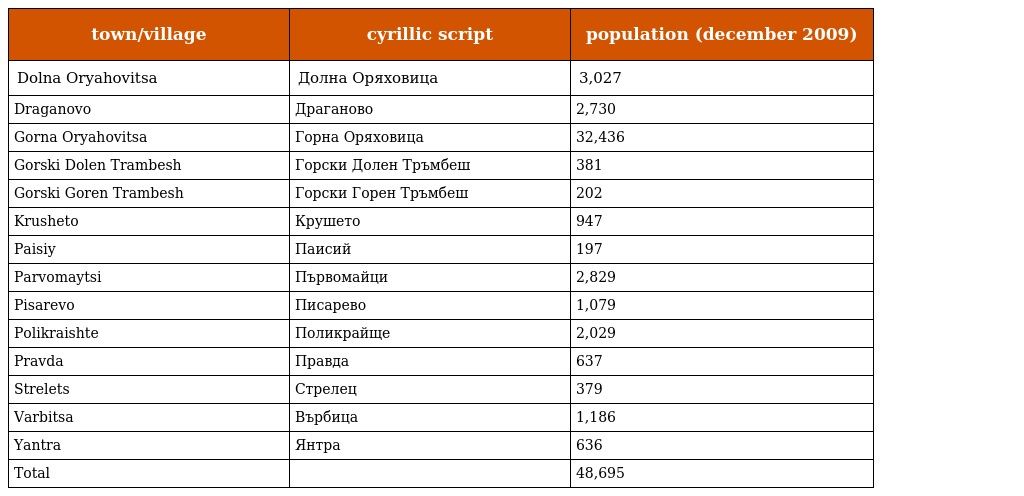
| town/village | cyrillic script | population (december 2009) |
 | --- | --- | --- |
 | Dolna Oryahovitsa | Долна Оряховица | 3,027 |
 | Draganovo | Драганово | 2,730 |
 | Gorna Oryahovitsa | Горна Оряховица | 32,436 |
 | Gorski Dolen Trambesh | Горски Долен Тръмбеш | 381 |
 | Gorski Goren Trambesh | Горски Горен Тръмбеш | 202 |
 | Krusheto | Крушето | 947 |
 | Paisiy | Паисий | 197 |
 | Parvomaytsi | Първомайци | 2,829 |
 | Pisarevo | Писарево | 1,079 |
 | Polikraishte | Поликрайще | 2,029 |
 | Pravda | Правда | 637 |
 | Strelets | Стрелец | 379 |
 | Varbitsa | Върбица | 1,186 |
 | Yantra | Янтра | 636 |
 | Total |  | 48,695 |